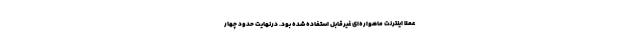
عملا اینترنت ماهواره‌ای غیرقابل استفاده شده بود. درنهایت حدود چهار